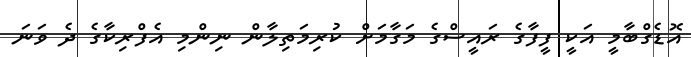
އޮޑެގްބާމީ އަކީ ފީފާގެ ރައީސްގެ މަގާމަށް ކުރިމަތިލާން ނިންމި އެފްރިކާގެ ދެ ވަނަ